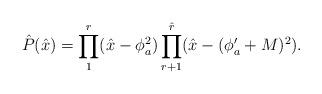
LaTeX: \begin{align*}\hat{P}(\hat{x})=\prod_1^r(\hat{x}-\phi_a^2) \prod_{r+1}^{\hat{r}}(\hat{x}-(\phi'_a+M)^2).\end{align*}